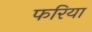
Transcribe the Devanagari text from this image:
फरिया